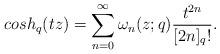
LaTeX: \begin{align*}cosh_q(tz)= \sum_{n=0}^\infty \omega_{n}(z;q) \frac{t^{2n}}{[2n]_q!}.\end{align*}